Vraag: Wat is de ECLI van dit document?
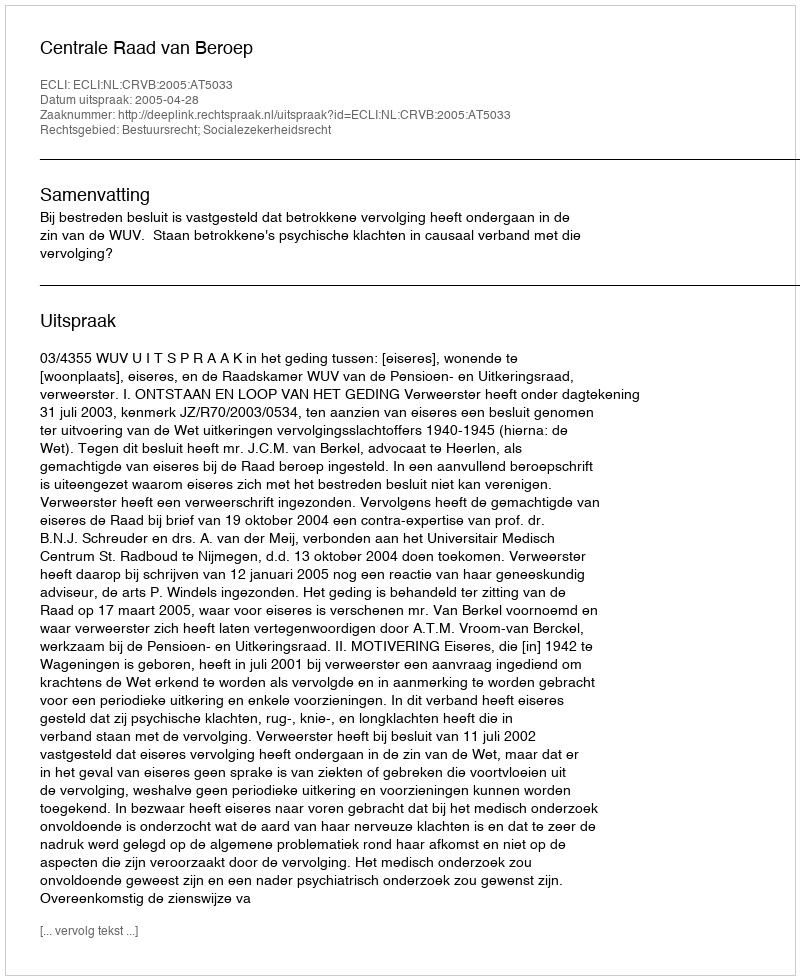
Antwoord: ECLI:NL:CRVB:2005:AT5033